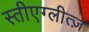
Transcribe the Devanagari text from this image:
स्तीएग्लीत्ज़